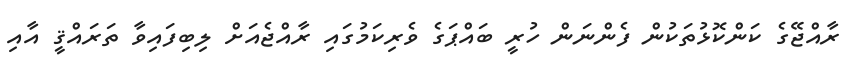
ރާއްޖޭގެ ކަންކޮޅުތަކުން ފެންނަން ހުރީ ބައްޕަގެ ވެރިކަމުގައި ރާއްޖެއަށް ލިބިފައިވާ ތަރައްޤީ އާއި